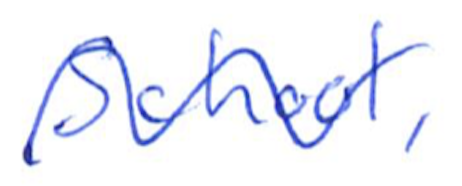
Text: School,
Cross-out: wave
Writing tool: ballpoint